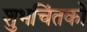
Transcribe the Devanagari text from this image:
शुभचिंतको